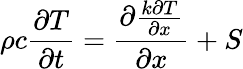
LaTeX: \rho c{\frac{\partial T}{\partial t}}={\frac{\partial{\frac{k\partial T}{\partial x}}}{\partial x}}+S